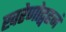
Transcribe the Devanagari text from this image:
खरेणोद्वहनं